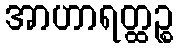
အာဟာရတ္ထဉ္စ